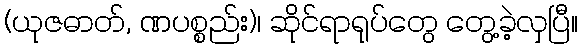
(ယုဇဓာတ်, ဏပစ္စည်း)၊ ဆိုင်ရာရုပ်တွေ တွေ့ခဲ့လှပြီ။